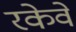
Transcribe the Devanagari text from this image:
रकेवे